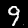
Label: 9